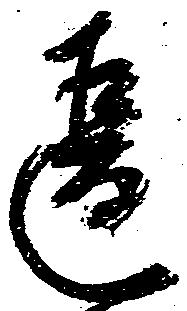
違